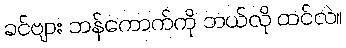
ခင်ဗျား ဘန်ကောက်ကို ဘယ်လို ထင်လဲ။